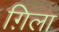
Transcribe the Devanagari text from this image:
ग़िला